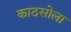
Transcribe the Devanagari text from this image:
काठसोला